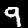
Label: 9